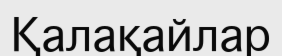
Қалақайлар